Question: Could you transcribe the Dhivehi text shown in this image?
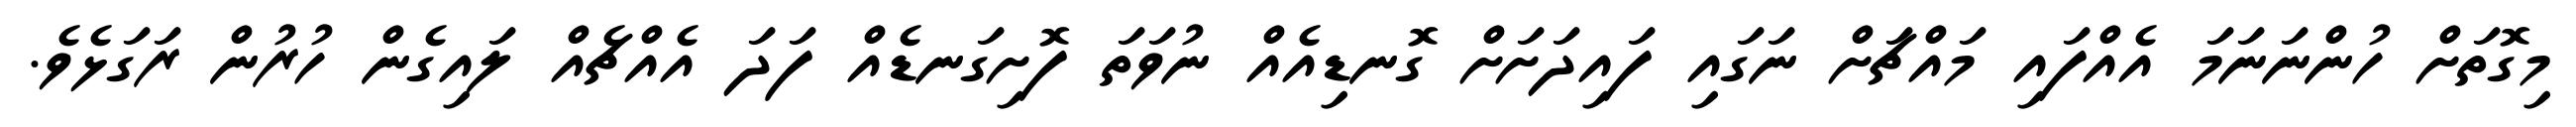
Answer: މިގޮތަށް ހުންނަނަމަ އެއްފައި މައްޗަށް ނަގައި ފައިދަށަށް ގޮނޑިއެއް ނުވަތަ ފޮށިގަނޑެއް ފަދަ އެއްޗެއް ލައިގެން ހުރުން ރަގަޅެވެ.